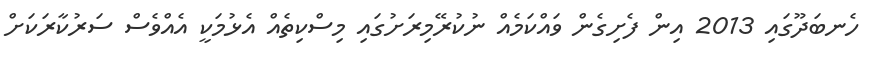
ހެނބަދޫގައި 2013 އިން ފެށިގެން ވައްކަމެއް ނުކުރޭމިރަށުގައި މިސްކިތެއް އެޅުމަކީ އެއްވެސް ސަރުކާރަކަށް